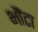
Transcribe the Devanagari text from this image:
भौंटा